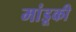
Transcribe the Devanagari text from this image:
मांडूकी